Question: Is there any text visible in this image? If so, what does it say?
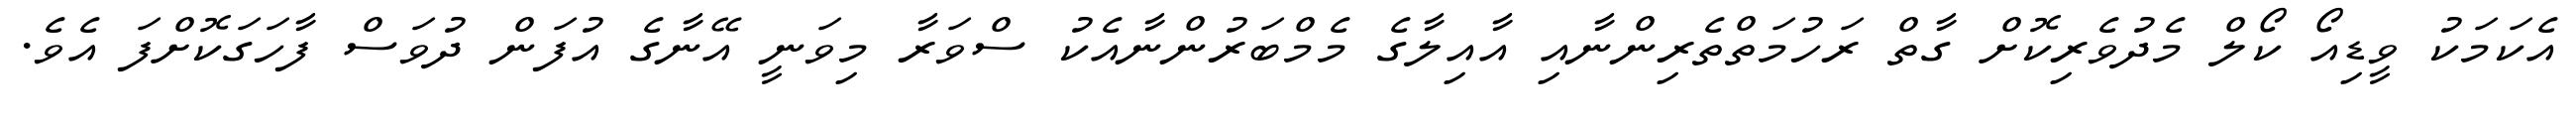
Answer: އެކަމަކު ވީޑިއޯ ކޯލް މެދުވެރިކޮށް ގާތް ރަހުމަތްތެރިންނާއި އާއިލާގެ މެމްބަރުންނާއެކު ސްވަރާ މިވަނީ އޭނާގެ އުފަން ދުވަސް ފާހަގަކޮށްފަ އެވެ.